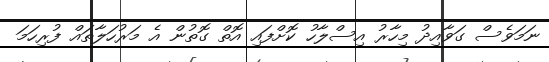
ނަމަވެސް ގަވާއިދު މިހާރު އިސްލާހު ކޮށްފައި އޮތް ގޮތުން އެ މަރުހަލާތައް ފުރިހަމަ